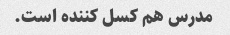
مدرس هم کسل کننده است.